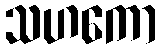
သဟကော